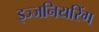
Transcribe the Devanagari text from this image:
इञ्जनियरिंग